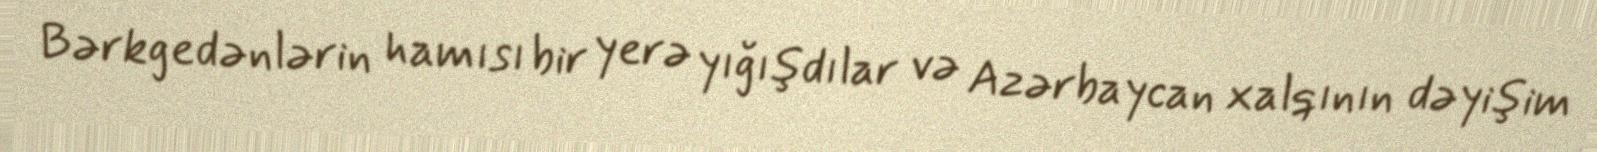
Bərkgedənlərin hamısı bir yerə yığışdılar və Azərbaycan xalqının dəyişim